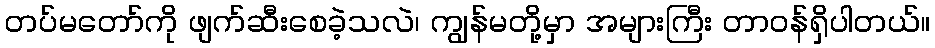
တပ်မတော်ကို ဖျက်ဆီးစေခဲ့သလဲ၊ ကျွန်မတို့မှာ အများကြီး တာဝန်ရှိပါတယ်။